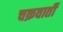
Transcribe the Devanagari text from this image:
चक्रवार्ती